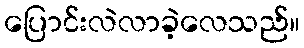
ပြောင်းလဲလာခဲ့လေသည်။